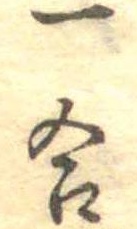
一合